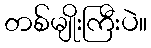
တစ်မျိုးကြီးပဲ။